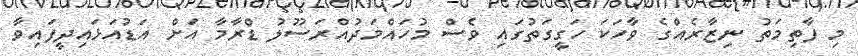
މި ފާތިމަތު ނިޒާރެއްގެ ވާހަކަ ހަގީގަތުގައި ވެސް މުހައްމަދުއްރަސޫލު ޑްރާމާ އަށް އަޑުއަޅައިދީފައިވާ